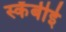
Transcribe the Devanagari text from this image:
स्कॅबीई